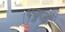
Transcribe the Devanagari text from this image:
फ्यूजों